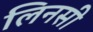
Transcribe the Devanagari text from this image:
लिनसी